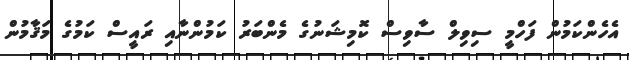
އެހެންކަމުން ފަހްމީ ސިވިލް ސާވިސް ކޮމިޝަނުގެ މެންބަރު ކަމުންނާއި ރައީސް ކަމުގެ މަޤާމުން